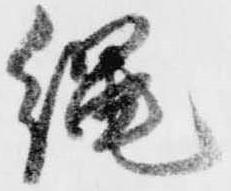
縄